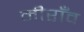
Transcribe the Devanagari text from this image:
मीराँव